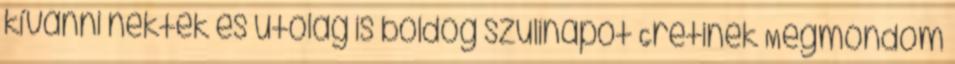
kívánni nektek és utólag is boldog szülinapot Grétinek Megmondom